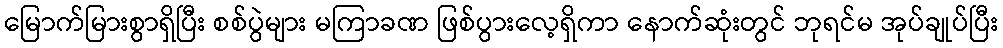
မြောက်မြားစွာရှိပြီး စစ်ပွဲများ မကြာခဏ ဖြစ်ပွားလေ့ရှိကာ နောက်ဆုံးတွင် ဘုရင်မ အုပ်ချုပ်ပြီး